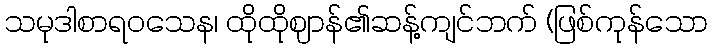
သမုဒါစာရဝသေန၊ ထိုထိုဈာန်၏ဆန့်ကျင်ဘက် (ဖြစ်ကုန်သော